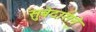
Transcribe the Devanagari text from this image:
सुबेदाराने